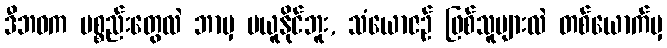
ဒီဘဝက ပစ္စည်းတွေလဲ ဘာမှ မယူနိုင်ဘူး, သံယောဇဉ် ဖြစ်သူများလဲ တစ်ယောက်မှ